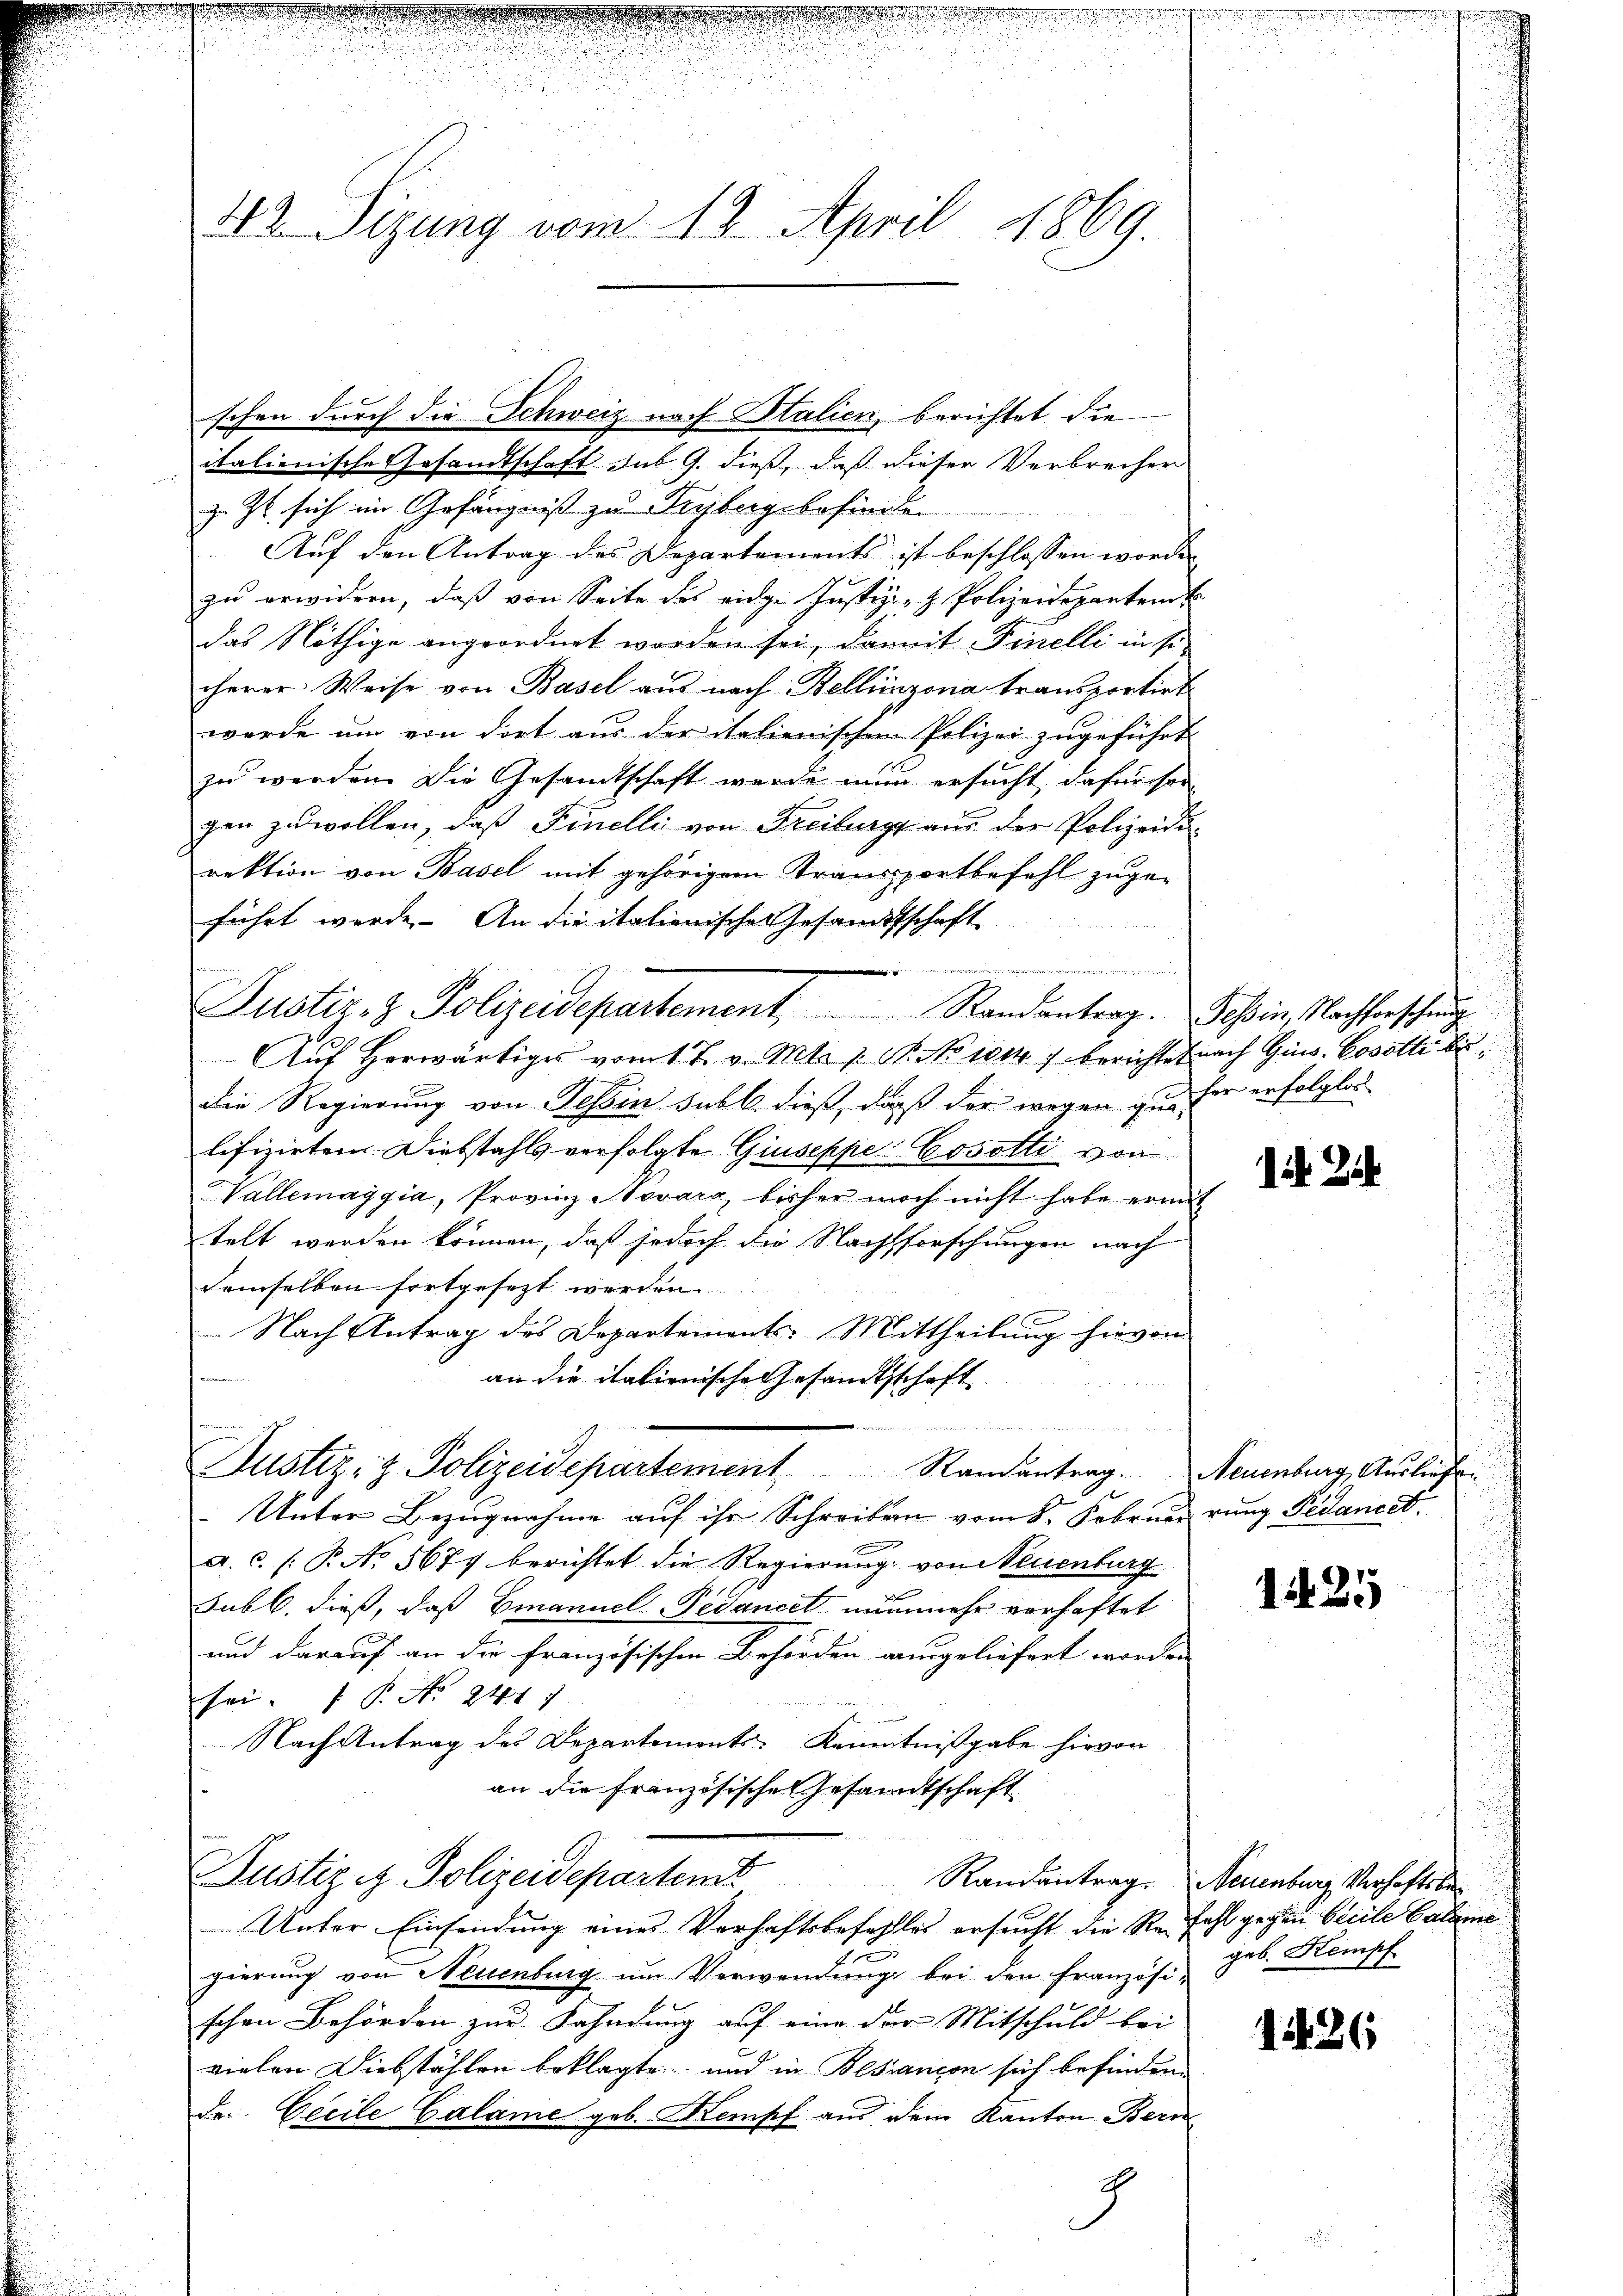
schen durch die Schweiz nach Italien, berichtet die
italienische Gesandtschaft das G. dieß, daß dieser Verbrechen
z. Zt. sich im Gefängniß zu Frybergebefinden
Auf den Antrag des Departements ist beschlossen worden |
zu erwideren, daß von Seite des eidg. Justiz- & Polizeideparten k
das Nöthige angeordnet worden sei, damit Finelli in si
cherer Weise von Basel aus nach Bellinzona transportirt
wurde um von dort aus der italienischen Polizei zugeführt
zu werden. Die Gesandtschaft werde nun ersucht dafür son
gen zu wollen, daß Finelli von Freiburg aus der Polizeidirektion von Basel mit gehörigem Transportbefehl zugeführt werde. An die italienische Gesandtschaft
s
Auf herwärtiges vom 1. J. v. Mts. 1. M. No 114) berichtet nach Gins. Cosotte be¬
Die Regierung von Tessin sub b. dieß, daß der wegen in der erfolglos
lifizirten. Diebstahls verfolgte Giuseppe Cosotti von
Vallemaggia, Provinz Novara, bisher noch nicht habe ermut
telt werden können, daß jedoch die Nachforschungen nach
demselben fortgesezt werden
Nach Antrag des Departements: Mittheilung hievon
an die itationische Gesandtschaft
e
Justiz- & Polizeidepartement Randantrag. Neuenburg, Auslief
Unter Bezugnahme auf ihr Schreiben vom 8. Februar rung Pedanect.
a. c. (T. No 5671 berichtet die Regierung von Neuenburg
Subl. dieß, daß Emanuel Pedancel nunmehr verhaftet
und darauf an die französischen Behörden ausgeliefert worden
sei. P. Nr. 241. 7
Nach Antrag des Departements Kenntnißgabe hievon
an die Französische Gesandtschaft
Justizit. Polizeidepartemt
Randantrag.
Unter Einsendung eines Verhaftsbefehltes ersucht die Refehl gegen becile Balzen
2
gierung von Neuenburg um Verwendungs bei den Französi-
schen Behörden zur Fahndung auf eine der Mitschuld bei
vielen Diebstählen beklagte und in Besiancon sich befinden
Der Cecile Calame geb. Kempf aus dem Kanton Bern

42. Sizung vom 12. April 1869.

Justiz- & Polizeidepartement, Randantrag. Tessin Nachforschung

e
.

J

ib Zeh

125

Neuenburg Verhaftsbegeb. Kempf

1426